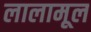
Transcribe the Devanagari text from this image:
लालामूल